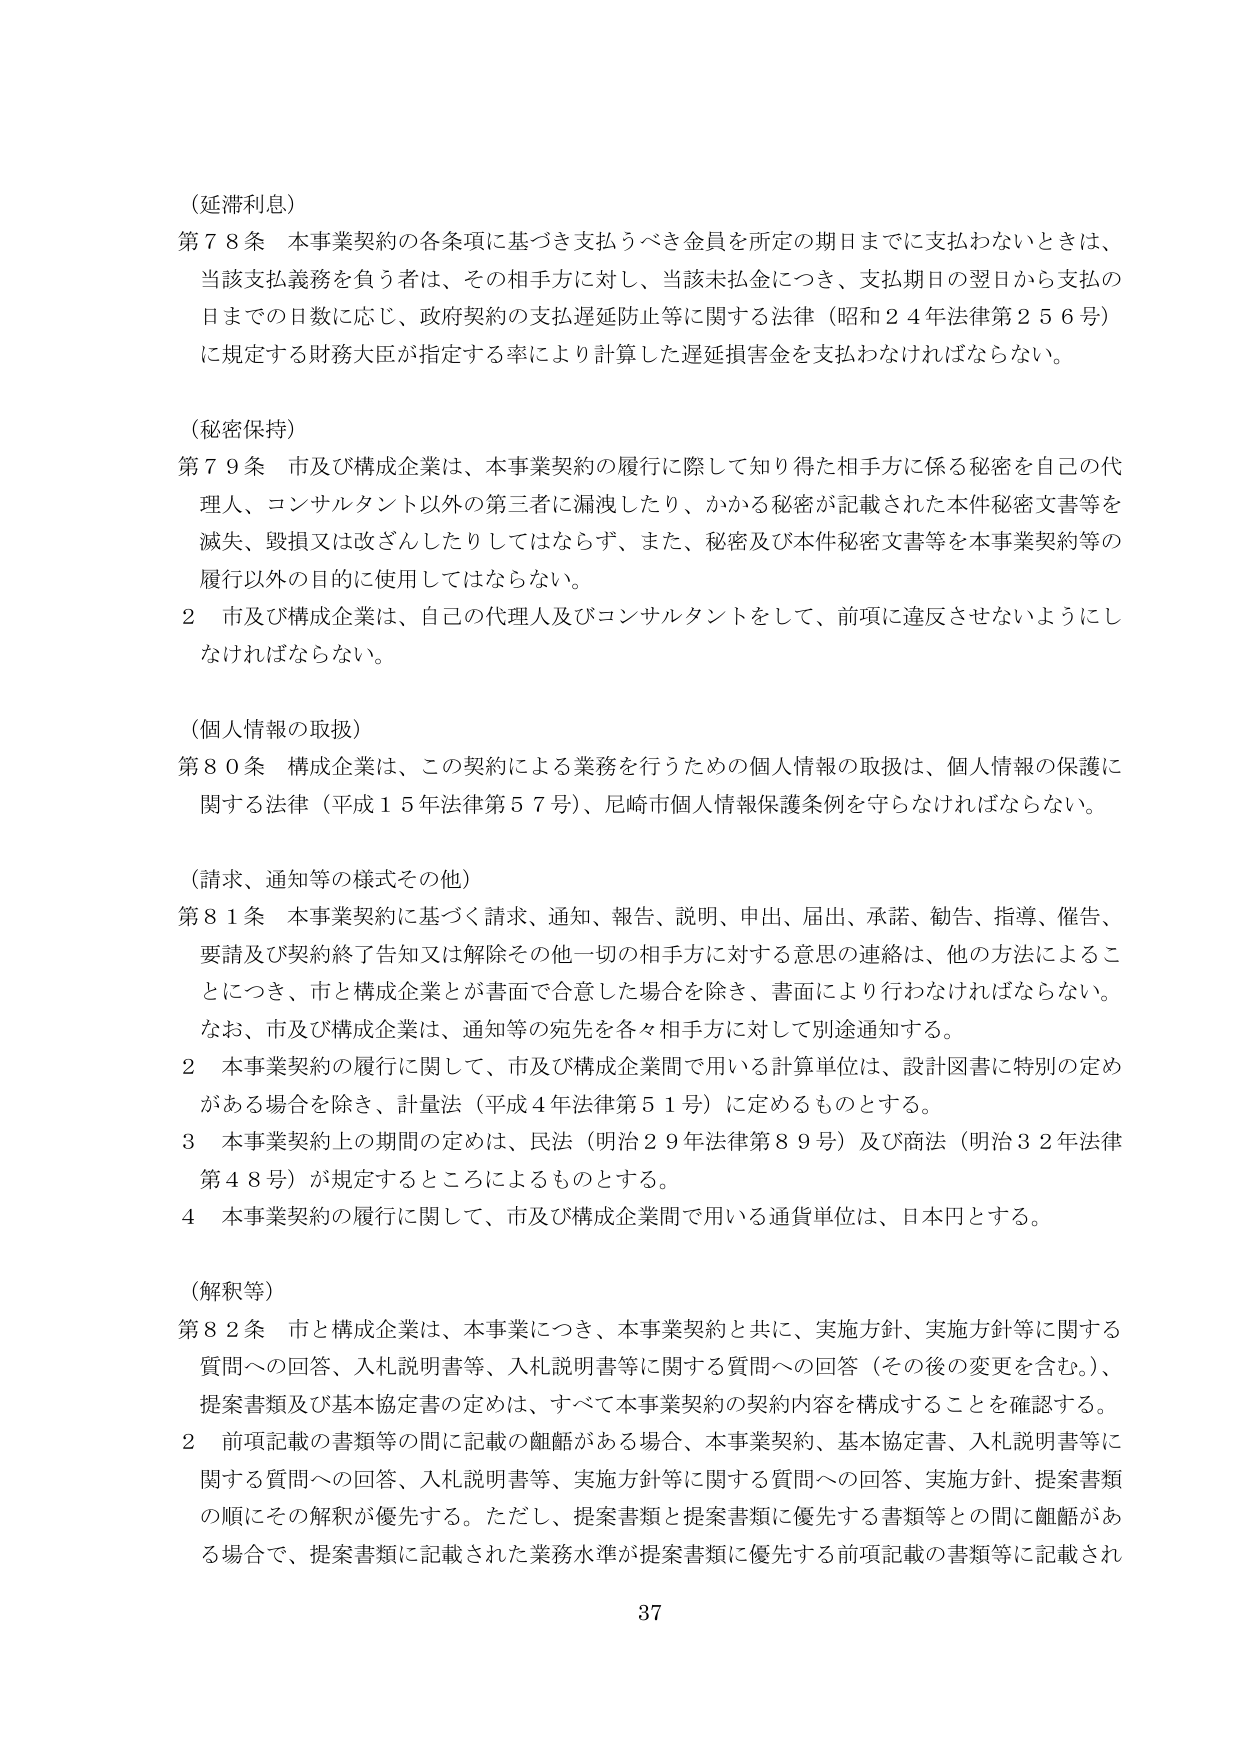
（延滞利息）
第７８条 本事業契約の各条項に基づき支払うべき金員を所定の期日までに支払わないときは、
当該支払義務を負う者は、その相手方に対し、当該未払金につき、支払期日の翌日から支払の
日までの日数に応じ、政府契約の支払遅延防止等に関する法律（昭和２４年法律第２５６号）
に規定する財務大臣が指定する率により計算した遅延損害金を支払わなければならない。

（秘密保持）
第７９条 市及び構成企業は、本事業契約の履行に際して知り得た相手方に係る秘密を自己の代
理人、コンサルタント以外の第三者に漏洩したり、かかる秘密が記載された本件秘密文書等を
滅失、毀損又は改ざんしたりしてはならず、また、秘密及び本件秘密文書等を本事業契約等の
履行以外の目的に使用してはならない。
２ 市及び構成企業は、自己の代理人及びコンサルタントをして、前項に違反させないようにし
なければならない。

（個人情報の取扱）
第８０条 構成企業は、この契約による業務を行うための個人情報の取扱は、個人情報の保護に
関する法律（平成１５年法律第５７号）、尼崎市個人情報保護条例を守らなければならない。

（請求、通知等の様式その他）
第８１条 本事業契約に基づく請求、通知、報告、説明、申出、届出、承諾、勧告、指導、催告、
要請及び契約終了告知又は解除その他一切の相手方に対する意思の連絡は、他の方法によるこ
とにつき、市と構成企業とが書面で合意した場合を除き、書面により行わなければならない。
なお、市及び構成企業は、通知等の宛先を各々相手方に対して別途通知する。
２ 本事業契約の履行に関して、市及び構成企業間で用いる計算単位は、設計図書に特別の定め
がある場合を除き、計量法（平成４年法律第５１号）に定めるものとする。
３ 本事業契約上の期間の定めは、民法（明治２９年法律第８９号）及び商法（明治３２年法律
第４８号）が規定するところによるものとする。
４ 本事業契約の履行に関して、市及び構成企業間で用いる通貨単位は、日本円とする。

（解釈等）
第８２条 市と構成企業は、本事業につき、本事業契約と共に、実施方針、実施方針等に関する
質問への回答、入札説明書等、入札説明書等に関する質問への回答（その後の変更を含む。）、
提案書類及び基本協定書の定めは、すべて本事業契約の契約内容を構成することを確認する。
２ 前項記載の書類等の間に記載の齟齬がある場合、本事業契約、基本協定書、入札説明書等に
関する質問への回答、入札説明書等、実施方針等に関する質問への回答、実施方針、提案書類
の順にその解釈が優先する。ただし、提案書類と提案書類に優先する書類等との間に齟齬があ
る場合で、提案書類に記載された業務水準が提案書類に優先する前項記載の書類等に記載され

37